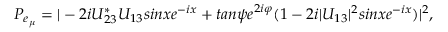
P _ { e _ { \mu } } = | - 2 i U _ { 2 3 } ^ { * } U _ { 1 3 } s i n x e ^ { - i x } + t a n \psi e ^ { 2 i \varphi } ( 1 - 2 i | U _ { 1 3 } | ^ { 2 } s i n x e ^ { - i x } ) | ^ { 2 } ,